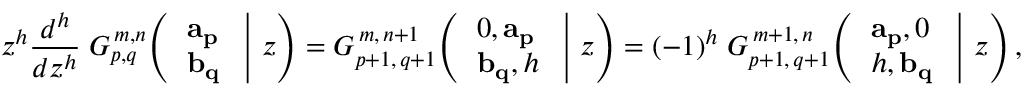
z ^ { h } { \frac { d ^ { h } } { d z ^ { h } } } \; G _ { p , q } ^ { \, m , n } \! \left( \left. { \begin{array} { l } { \mathbf { a _ { p } } } \\ { \mathbf { b _ { q } } } \end{array} } \; \right| \, z \right) = G _ { p + 1 , \, q + 1 } ^ { \, m , \, n + 1 } \! \left( \left. { \begin{array} { l } { 0 , \mathbf { a _ { p } } } \\ { \mathbf { b _ { q } } , h } \end{array} } \; \right| \, z \right) = ( - 1 ) ^ { h } \; G _ { p + 1 , \, q + 1 } ^ { \, m + 1 , \, n } \! \left( \left. { \begin{array} { l } { \mathbf { a _ { p } } , 0 } \\ { h , \mathbf { b _ { q } } } \end{array} } \; \right| \, z \right) ,